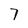
Character: 7